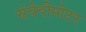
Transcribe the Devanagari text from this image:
संवेदीमोटर